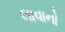
લાવાનો